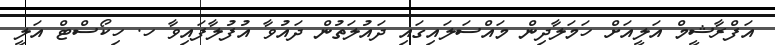
އަފްރާޝީމް އަލީއަށް ހަމަލާދިން މައްސަލައިގައި ދައުލަތުން ދައުވާ އުފުލާފައިވާ ހ. ހިކޯސްޓް އަލީ